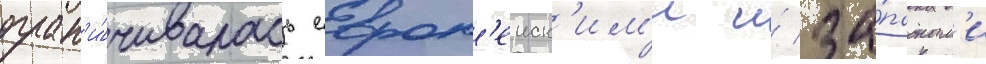
огран'и́чивалась европ'еиск'им'и и́ за́падным'и